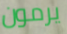
يرمون